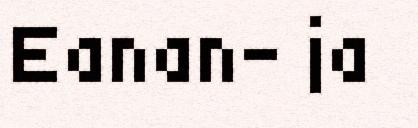
Eanan- ja